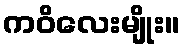
ကဝိလေးမျိုး။